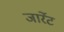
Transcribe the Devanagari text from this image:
जार्रेट